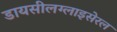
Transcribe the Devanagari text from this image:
डायसीलग्लाइसेरल